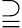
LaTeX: \supseteqq